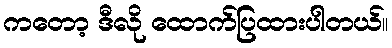
ကတော့ ဒီလို ထောက်ပြထားပါတယ်။